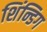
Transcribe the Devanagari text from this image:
शिंन्डिग